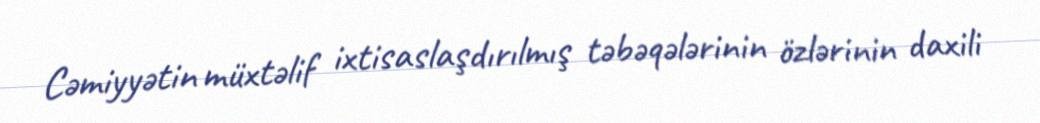
Cəmiyyətin müxtəlif ixtisaslaşdırılmış təbəqələrinin özlərinin daxili